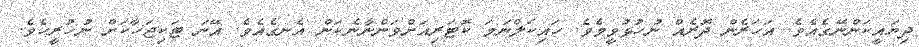
ދިޔައީކަންނޭގެއެވެ. އަހަރެން ދޮރެއް ނުހުޅުވީމެވެ. ހައިކަލްނަމަ ކޮޓަރިއަށްވަންނާނެކަން އެނގެއެވެ. އޭނަ ޓަކިޖަހާކަށް ނުހުރީހެވެ.